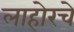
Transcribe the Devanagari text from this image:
लाहोरचे